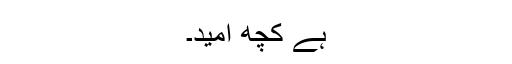
ہے کچھ امید۔